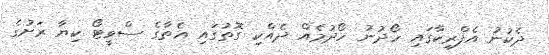
ދެކުނު އެފްރިކާގައި ހޯދުނު ހޯދުމެއް ދެއްކި ގޮތުގައި އެތާގެ ސްވީޓޯ ކިޔާ ރަށުގެ